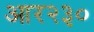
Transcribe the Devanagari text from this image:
आर२३०